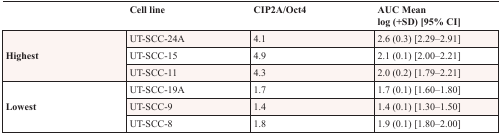
<table><thead><tr><td></td><td><b>Cell line</b></td><td><b>CIP2A/Oct4</b></td><td><b>AUC Mean log (+SD) [95% CI]</b></td></tr></thead><tbody><tr><td rowspan="3">Highest</td><td>UT-SCC-24A</td><td>4.1</td><td>2.6 (0.3) [2.29–2.91]</td></tr><tr><td>UT-SCC-15</td><td>4.9</td><td>2.1 (0.1) [2.00–2.21]</td></tr><tr><td>UT-SCC-11</td><td>4.3</td><td>2.0 (0.2) [1.79–2.21]</td></tr><tr><td rowspan="3">Lowest</td><td>UT-SCC-19A</td><td>1.7</td><td>1.7 (0.1) [1.60–1.80]</td></tr><tr><td>UT-SCC-9</td><td>1.4</td><td>1.4 (0.1) [1.30–1.50]</td></tr><tr><td>UT-SCC-8</td><td>1.8</td><td>1.9 (0.1) [1.80–2.00]</td></tr></tbody></table>